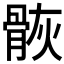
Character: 𩨿